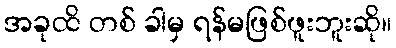
အခုထိ တစ် ခါမှ ရန်မဖြစ်ဖူးဘူးဆို။